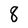
Character: 8